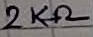
Text: 2KΩ